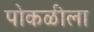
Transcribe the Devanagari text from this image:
पोकळीला